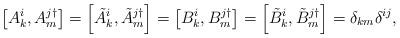
LaTeX: \begin{align*}\left[ A_{k}^{i},A_{m}^{j\dagger }\right] =\left[ \tilde{A}_{k}^{i},\tilde{A}_{m}^{j\dagger }\right] =\left[ B_{k}^{i},B_{m}^{j\dagger }\right]=\left[ \tilde{B}_{k}^{i},\tilde{B}_{m}^{j\dagger }\right]=\delta _{km}\delta ^{ij},\end{align*}